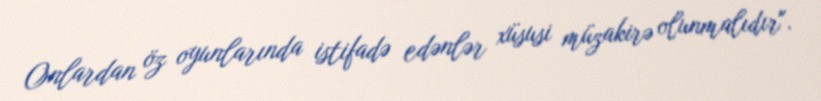
Onlardan öz oyunlarında istifadə edənlər xüsusi müzakirə olunmalıdır".